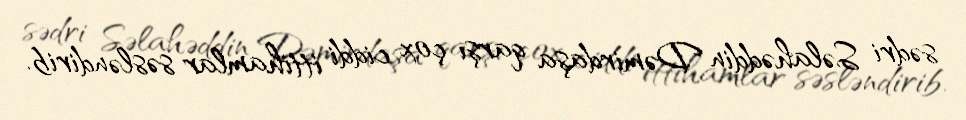
sədri Səlahəddin Dəmirdaşa qarşı çox ciddi ittihamlar səsləndirib.